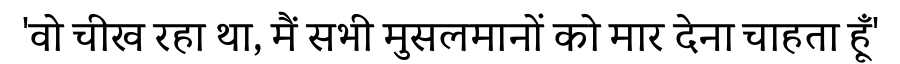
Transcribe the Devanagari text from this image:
'वो चीख रहा था, मैं सभी मुसलमानों को मार देना चाहता हूँ'